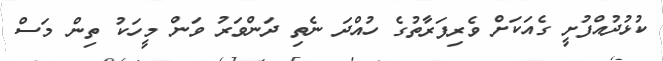
ކުޅުދުއްފުށީ ގެއަކަށް ވެރިފަރާތުގެ ހުއްދަ ނެތި ދަންވަރު ވަން މީހަކު ތިން މަސް